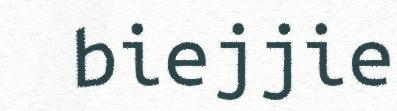
biejjie